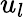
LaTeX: u_{l}